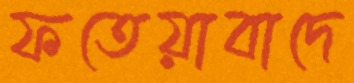
ফতেয়াবাদে